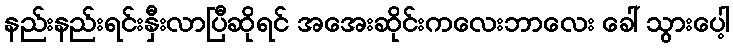
နည်းနည်းရင်းနှီးလာပြီဆိုရင် အအေးဆိုင်းကလေးဘာလေး ခေါ် သွားပေါ့